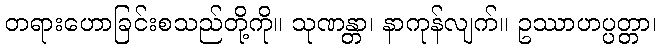
တရားဟောခြင်းစသည်တို့ကို။ သုဏန္တာ၊ နာကုန်လျက်။ ဥဿာဟပ္ပတ္တာ၊